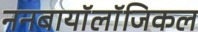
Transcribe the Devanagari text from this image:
ननबायाॅलाॅजिकल